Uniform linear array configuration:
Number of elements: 64
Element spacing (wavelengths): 0.75
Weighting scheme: kaiser
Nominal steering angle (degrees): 0
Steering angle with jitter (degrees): -0.4231
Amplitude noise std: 0.05
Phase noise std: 0.05

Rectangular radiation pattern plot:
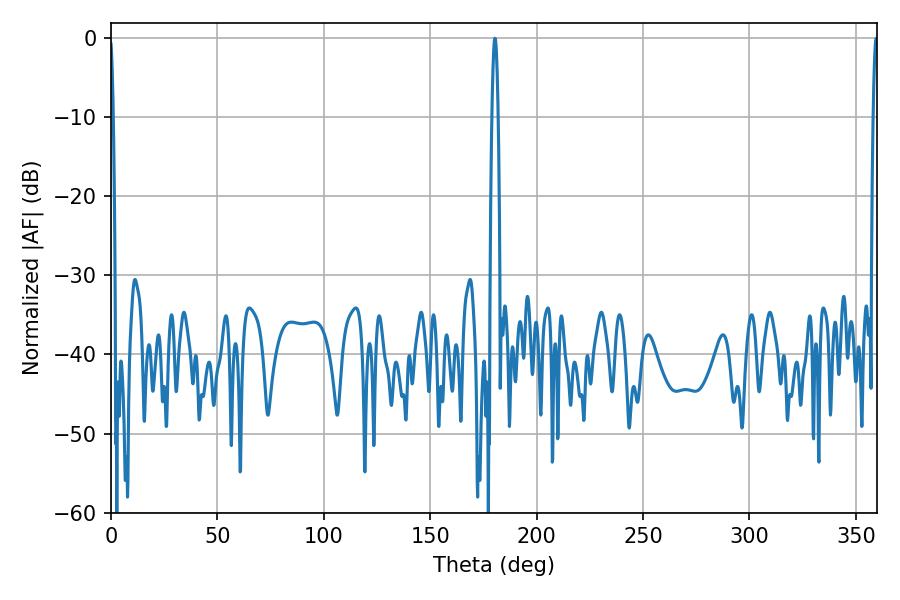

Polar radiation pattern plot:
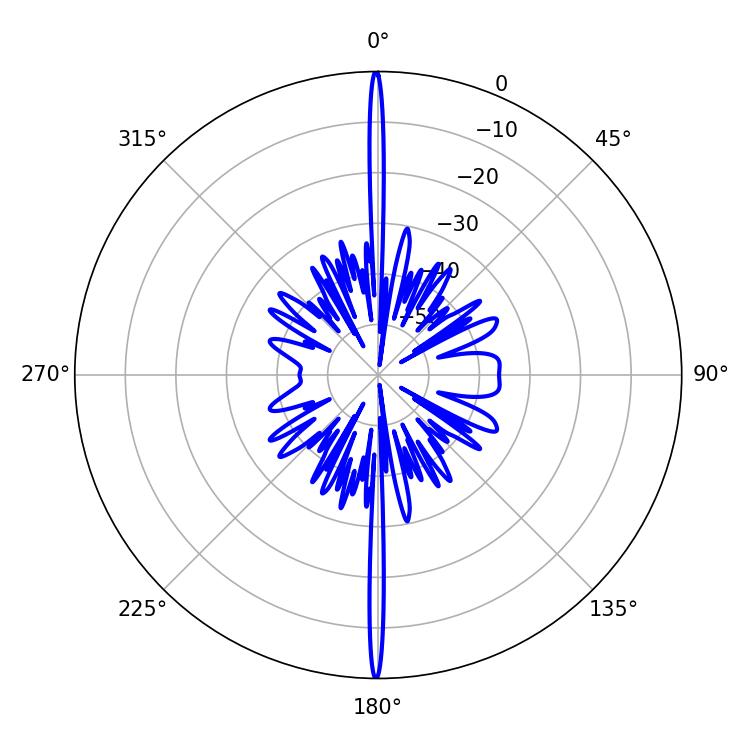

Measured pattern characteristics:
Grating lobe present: TRUE
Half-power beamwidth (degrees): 1.62
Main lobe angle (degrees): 180.36